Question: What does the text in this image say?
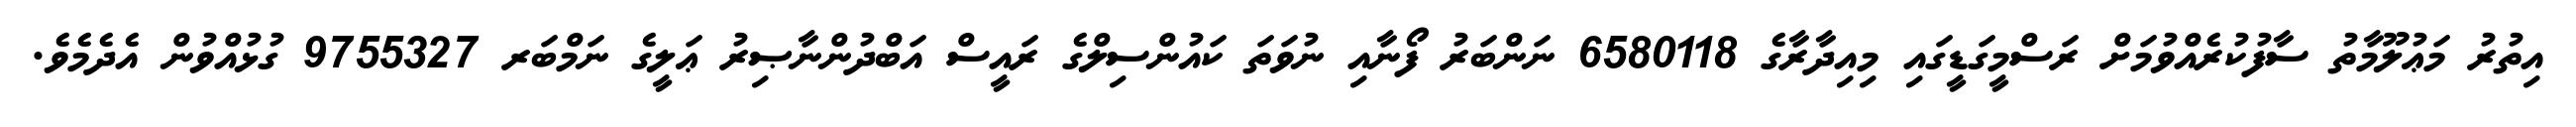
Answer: އިތުރު މަޢުލޫމާތު ސާފުކުރެއްވުމަށް ރަސްމީގަޑީގައި މިއިދާރާގެ 6580118 ނަންބަރު ފޯނާއި ނުވަތަ ކައުންސިލްގެ ރައީސް އަބްދުންނާޞިރު ޢަލީގެ ނަމްބަރ 9755327 ގުޅުއްވުން އެދެމެވެ.